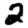
Digit: 2